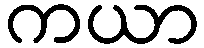
ကယာ